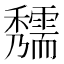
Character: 𥤃